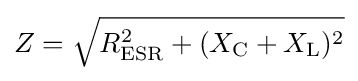
Z={\sqrt {R_{\mathrm {ESR} }^{2}+(X_{\mathrm {C} }+X_{\mathrm {L} })^{2}}}